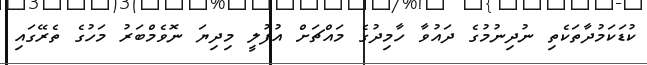
ކުޑަކަމުދާތަކެތި ނުދިނުމުގެ ދައުވާ ހާމިދުގެ މައްޗަށް އުފުލީ މިދިޔަ ނޮވެމްބަރު މަހުގެ ތެރޭގައި